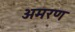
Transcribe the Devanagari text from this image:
अमरण